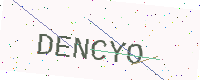
Text: DENCYO